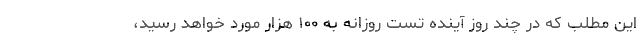
این مطلب که در چند روز آینده تست روزانه به ۱۰۰ هزار مورد خواهد رسید،